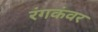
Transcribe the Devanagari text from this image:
रंगकंवर